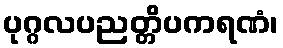
ပုဂ္ဂလပညတ္တိပကရဏံ၊